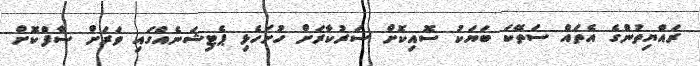
ރައްޔިތުންގެ އެތައް ސަތޭކަ ބަޔަކު ސޮއިކޮށް ސަރުކާރަށް ހުށަހެޅި ޕެޓިޝަނެއްގައި ވަރަށް ސާފްކޮށް